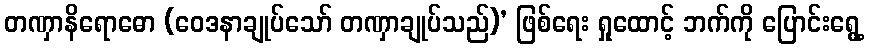
တဏှာနိရောဓော (ဝေဒနာချုပ်သော် တဏှာချုပ်သည်)’ ဖြစ်ရေး ရှုထောင့် ဘက်ကို ပြောင်းရွေ့